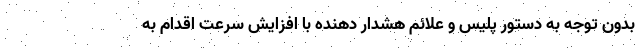
بدون توجه به دستور پلیس و علائم هشدار دهنده با افزایش سرعت اقدام به